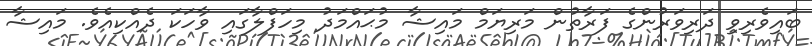
ބައިވެރިވި ދަރިވަރުންގެ ފަރާތުން މަރިޔަމް މައިޝާ މުޙައްމަދު މިހަފްލާގައި ވާހަކަ ދެއްކިއެވެ. މައިޝާ